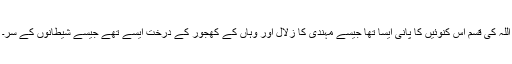
اللہ کی قسم اس کنوئیں کا پانی ایسا تھا جیسے مہندی کا زلال اور وہاں کے کھجور کے درخت ایسے تھے جیسے شیطانوں کے سر۔